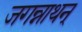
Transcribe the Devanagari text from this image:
जगन्नाथन्